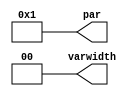
// DESCRIPTION: Verilator: Verilog Test module
//
// This file ONLY is placed into the Public Domain, for any use,
// without warranty, 2003 by Wilson Snyder.

module t_param_first_b (/*AUTOARG*/
   // Outputs
   par, varwidth
   );

   parameter X = 1;
   parameter FIVE = 0; // Overridden
   parameter TWO = 2;

   output [4:0] 	par;
   output [X:0] 	varwidth;

   wire [4:0]	par = X;
   wire [X:0] 	varwidth = (FIVE==5)?TWO:0;

endmodule